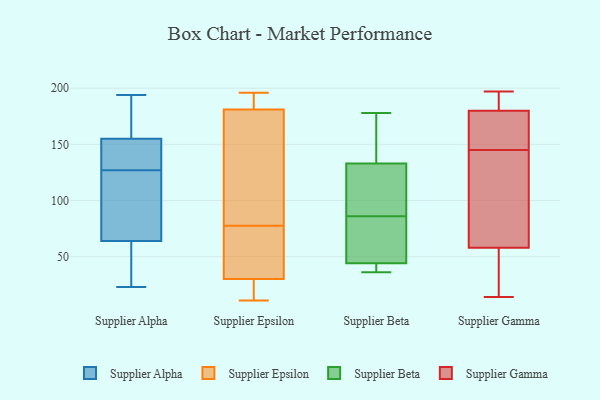
{"axis": {"x": "Demand Index", "y": "Value"}, "legend": ["Supplier Alpha", "Supplier Beta", "Supplier Epsilon", "Supplier Gamma"], "data": [{"x": "", "y": 168, "type": "Supplier Alpha"}, {"x": "", "y": 141, "type": "Supplier Alpha"}, {"x": "", "y": 179, "type": "Supplier Alpha"}, {"x": "", "y": 155, "type": "Supplier Alpha"}, {"x": "", "y": 184, "type": "Supplier Alpha"}, {"x": "", "y": 29, "type": "Supplier Alpha"}, {"x": "", "y": 148, "type": "Supplier Alpha"}, {"x": "", "y": 106, "type": "Supplier Alpha"}, {"x": "", "y": 64, "type": "Supplier Alpha"}, {"x": "", "y": 23, "type": "Supplier Alpha"}, {"x": "", "y": 58, "type": "Supplier Alpha"}, {"x": "", "y": 145, "type": "Supplier Alpha"}, {"x": "", "y": 115, "type": "Supplier Alpha"}, {"x": "", "y": 120, "type": "Supplier Alpha"}, {"x": "", "y": 37, "type": "Supplier Alpha"}, {"x": "", "y": 134, "type": "Supplier Alpha"}, {"x": "", "y": 65, "type": "Supplier Alpha"}, {"x": "", "y": 194, "type": "Supplier Alpha"}, {"x": "", "y": 19, "type": "Supplier Epsilon"}, {"x": "", "y": 107, "type": "Supplier Epsilon"}, {"x": "", "y": 82, "type": "Supplier Epsilon"}, {"x": "", "y": 152, "type": "Supplier Epsilon"}, {"x": "", "y": 184, "type": "Supplier Epsilon"}, {"x": "", "y": 185, "type": "Supplier Epsilon"}, {"x": "", "y": 19, "type": "Supplier Epsilon"}, {"x": "", "y": 54, "type": "Supplier Epsilon"}, {"x": "", "y": 181, "type": "Supplier Epsilon"}, {"x": "", "y": 13, "type": "Supplier Epsilon"}, {"x": "", "y": 193, "type": "Supplier Epsilon"}, {"x": "", "y": 68, "type": "Supplier Epsilon"}, {"x": "", "y": 50, "type": "Supplier Epsilon"}, {"x": "", "y": 136, "type": "Supplier Epsilon"}, {"x": "", "y": 11, "type": "Supplier Epsilon"}, {"x": "", "y": 73, "type": "Supplier Epsilon"}, {"x": "", "y": 196, "type": "Supplier Epsilon"}, {"x": "", "y": 30, "type": "Supplier Epsilon"}, {"x": "", "y": 36, "type": "Supplier Beta"}, {"x": "", "y": 115, "type": "Supplier Beta"}, {"x": "", "y": 133, "type": "Supplier Beta"}, {"x": "", "y": 174, "type": "Supplier Beta"}, {"x": "", "y": 44, "type": "Supplier Beta"}, {"x": "", "y": 43, "type": "Supplier Beta"}, {"x": "", "y": 178, "type": "Supplier Beta"}, {"x": "", "y": 161, "type": "Supplier Beta"}, {"x": "", "y": 57, "type": "Supplier Beta"}, {"x": "", "y": 38, "type": "Supplier Beta"}, {"x": "", "y": 123, "type": "Supplier Beta"}, {"x": "", "y": 75, "type": "Supplier Beta"}, {"x": "", "y": 47, "type": "Supplier Beta"}, {"x": "", "y": 97, "type": "Supplier Beta"}, {"x": "", "y": 101, "type": "Supplier Gamma"}, {"x": "", "y": 169, "type": "Supplier Gamma"}, {"x": "", "y": 83, "type": "Supplier Gamma"}, {"x": "", "y": 126, "type": "Supplier Gamma"}, {"x": "", "y": 197, "type": "Supplier Gamma"}, {"x": "", "y": 130, "type": "Supplier Gamma"}, {"x": "", "y": 180, "type": "Supplier Gamma"}, {"x": "", "y": 160, "type": "Supplier Gamma"}, {"x": "", "y": 165, "type": "Supplier Gamma"}, {"x": "", "y": 58, "type": "Supplier Gamma"}, {"x": "", "y": 14, "type": "Supplier Gamma"}, {"x": "", "y": 196, "type": "Supplier Gamma"}, {"x": "", "y": 193, "type": "Supplier Gamma"}, {"x": "", "y": 27, "type": "Supplier Gamma"}, {"x": "", "y": 166, "type": "Supplier Gamma"}, {"x": "", "y": 15, "type": "Supplier Gamma"}, {"x": "", "y": 44, "type": "Supplier Gamma"}, {"x": "", "y": 196, "type": "Supplier Gamma"}]}